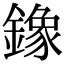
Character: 鐌